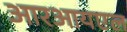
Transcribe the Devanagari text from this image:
आरआयएल